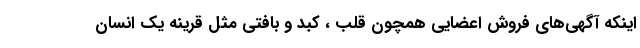
اینکه آگهی‌های فروش اعضایی همچون قلب ، کبد و بافتی مثل قرینه یک انسان